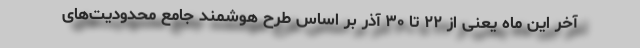
آخر این ماه یعنی از ۲۲ تا ۳۰ آذر بر اساس طرح هوشمند جامع محدودیت‌های